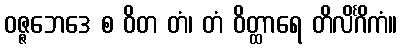
ဝဇ္ဇဘေဒေ စ ဝိတ တံ၊ တံ ဝိတ္ထာရေ တိလိင်္ဂိကံ။